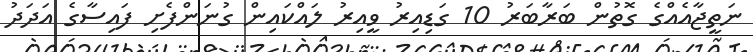
ނަތީޖާއެއްގެ ގޮތުން ބަރާބަރު 10 ގަޑިއިރު ވީއިރު ލައްކައިން ގުނަންފެށި ފައިސާގެ އަދަދު